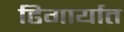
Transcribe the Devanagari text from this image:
ढिगार्यात